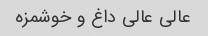
عالی عالی داغ و خوشمزه